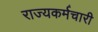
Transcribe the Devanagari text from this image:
राज्यकर्मचारी